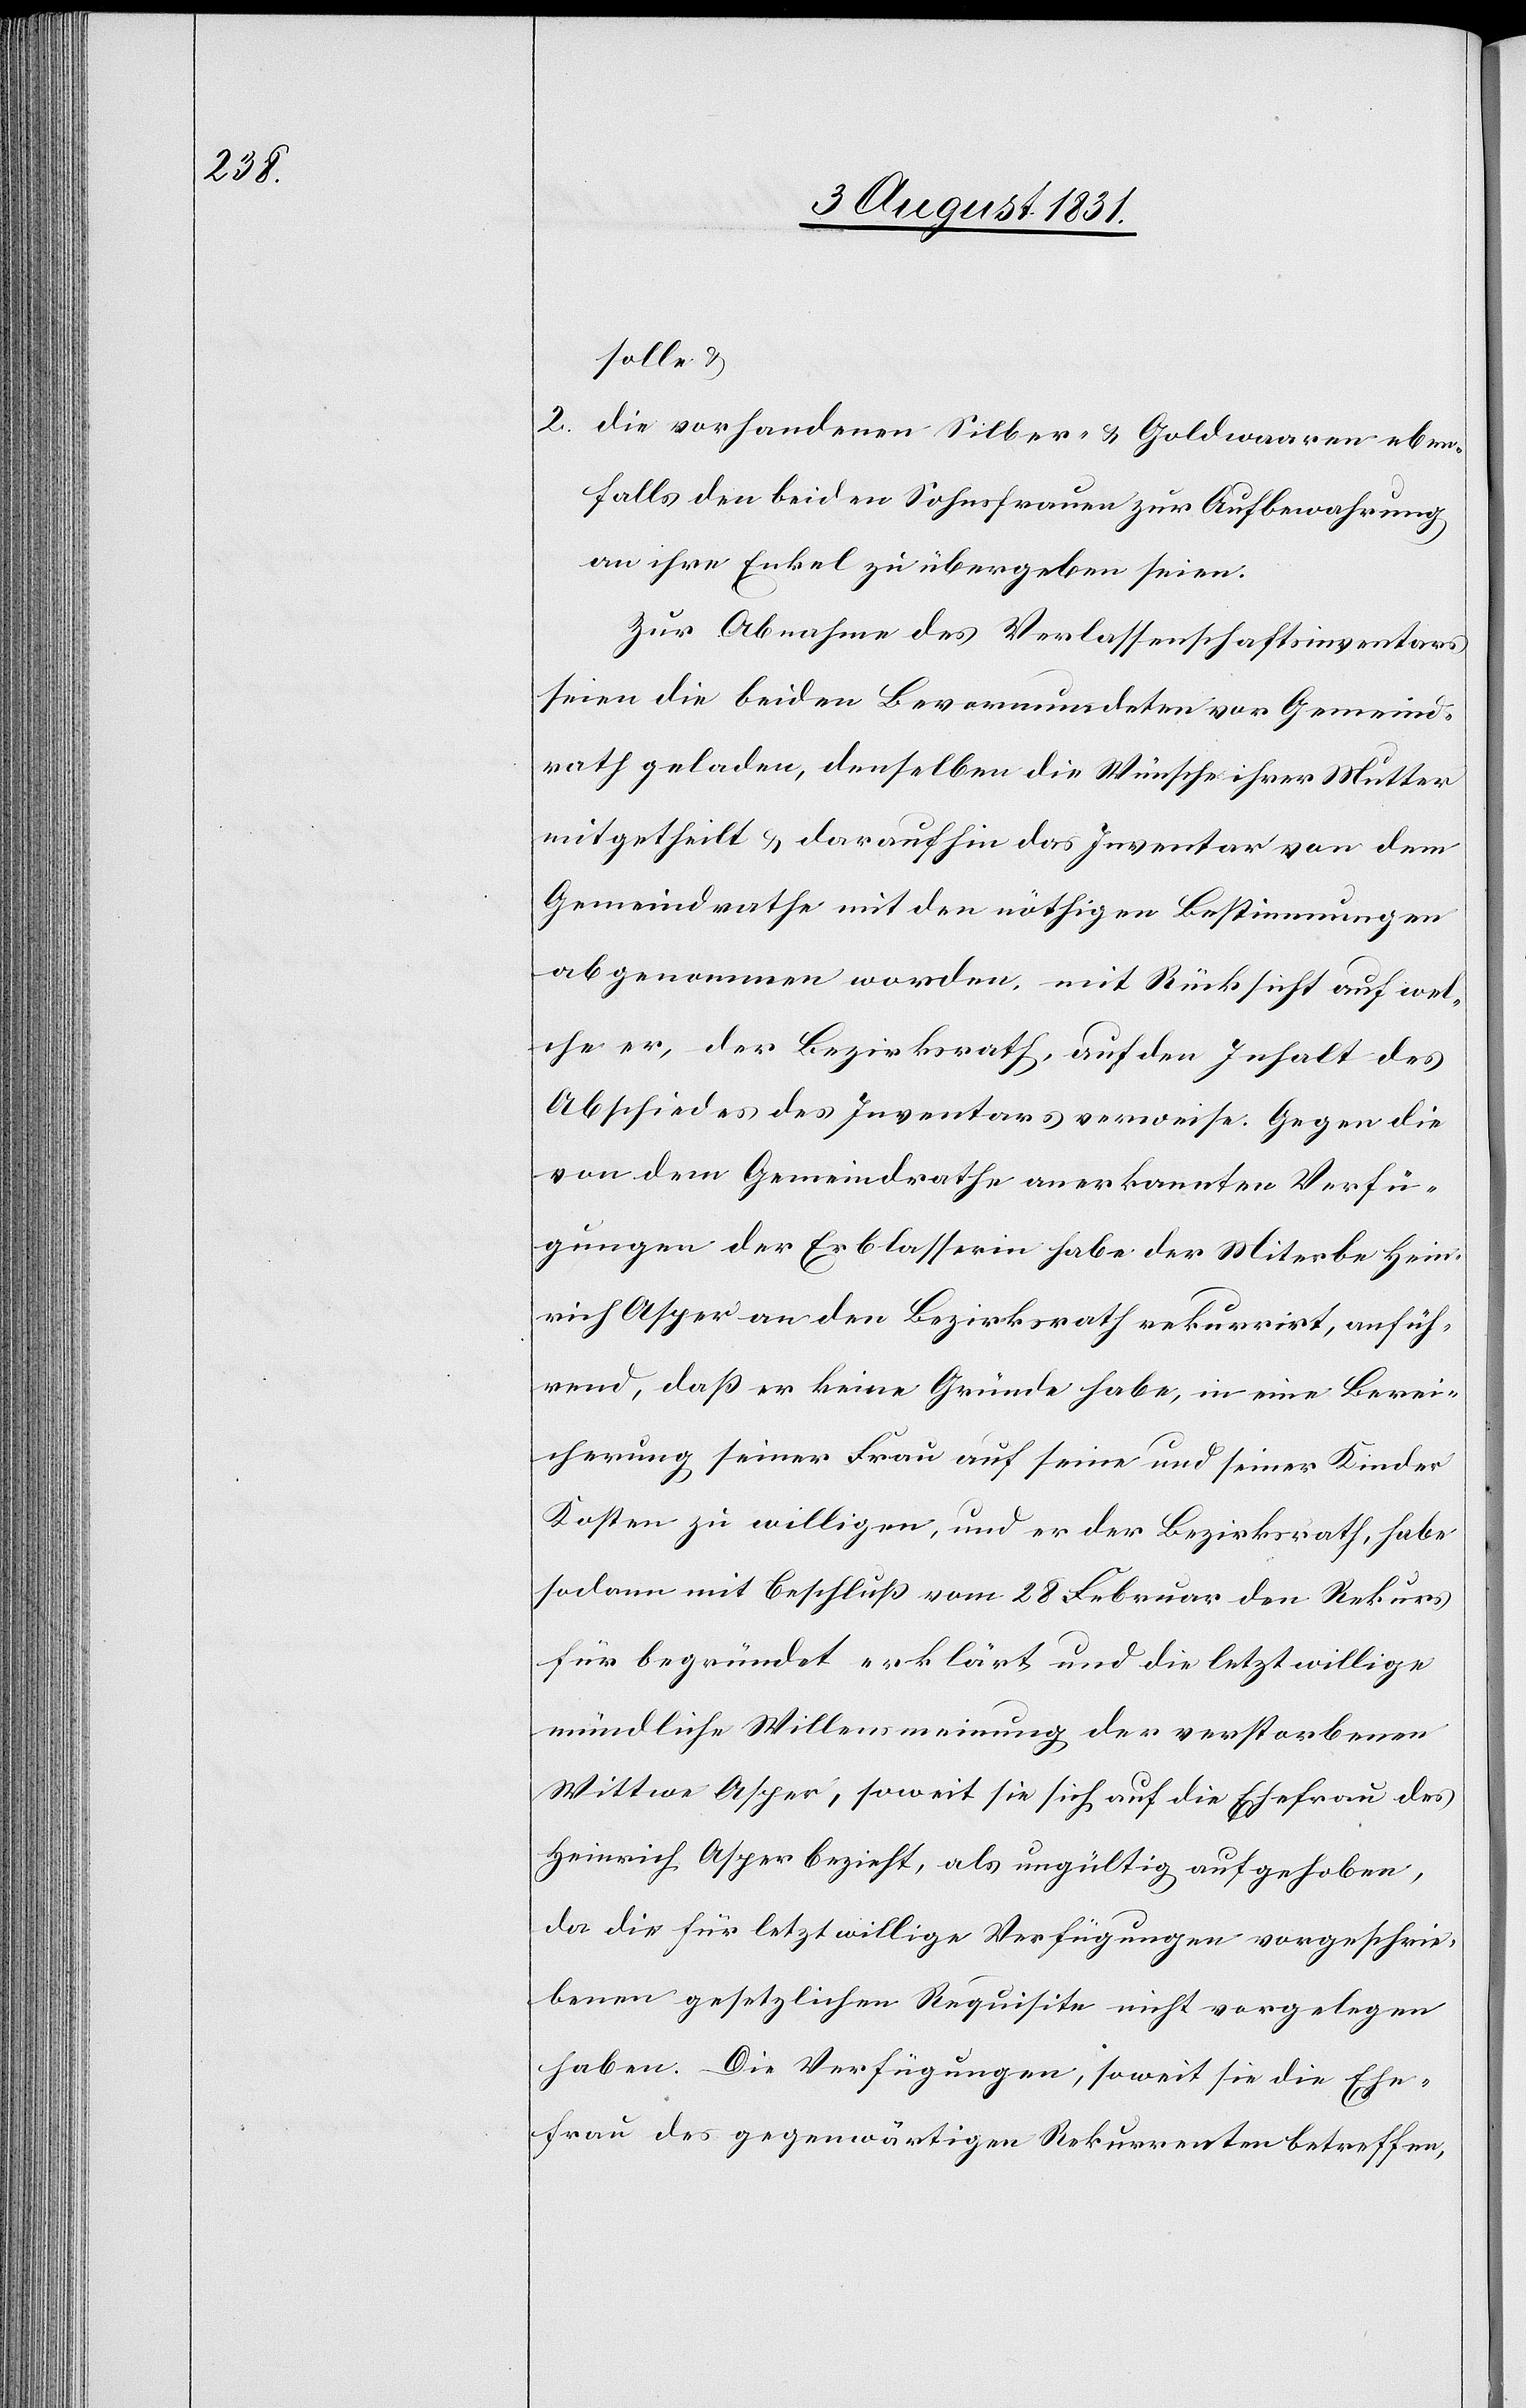
solle u.
2. die vorhandenen Silber- u. Goldwaaren eben¬
falls den beiden Sohnesfrauen zur Aufbewahrung
an ihre Enkel übergeben seien.
Zur Abnahme des Verlassenschaftsinventars
seien die beiden Bevormundeten vor Gemeind¬
rath geladen, denselben die Wünsche ihrer Mutter
mitgetheilt u. daraufhin das Inventar von dem
Gemeindrathe mit den nöthigen Bestimmungen
abgenommen worden, mit Rücksicht auf wel¬
che er, der Bezirksrath, auf den Inhalt des
Abschiedes des Inventars verweise. Gegen die
von dem Gemeindrathe anerkannten Verfü¬
gungen der Erblasserin habe der Miterbe Hein¬
rich Asper an den Bezirksrath rekurrirt, anfüh¬
rend, daß er keine Gründe habe, in eine Berei¬
cherung seiner Frau auf seine und seiner Kinder
Kosten zu willigen, und er der Bezirksrath, habe
sodann mit Beschluß vom 28 Februar den Rekurs
für begründet erklärt und die letztwillige
mündliche Willensmeinung der verstorbenen
Wittwe Asper, soweit sie sich auf die Ehefrau des
Heinrich Asper bezieht, als ungültig aufgehoben,
da die für letztwillige Verfügungen vorgeschrie¬
benen gesetzlichen Requisite nicht vorgelegen
haben. Die Verfügungen, soweit sie die Ehe¬
frau des gegenwärtigen Rekurrenten betreffen,